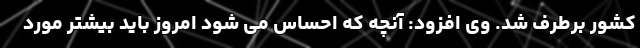
کشور برطرف شد. وی افزود: آنچه که احساس می شود امروز باید بیشتر مورد